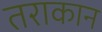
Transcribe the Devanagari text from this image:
तराकान